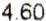
4.60